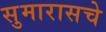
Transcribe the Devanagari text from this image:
सुमारासचे